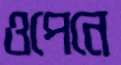
ওপেনে